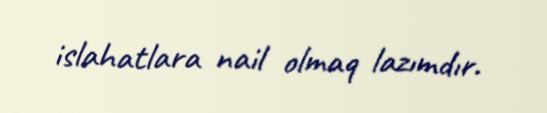
islahatlara nail olmaq lazımdır.